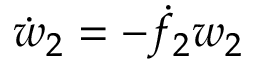
\dot { w } _ { 2 } = - \dot { f } _ { 2 } w _ { 2 }